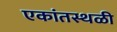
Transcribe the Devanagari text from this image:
एकांतस्थळी